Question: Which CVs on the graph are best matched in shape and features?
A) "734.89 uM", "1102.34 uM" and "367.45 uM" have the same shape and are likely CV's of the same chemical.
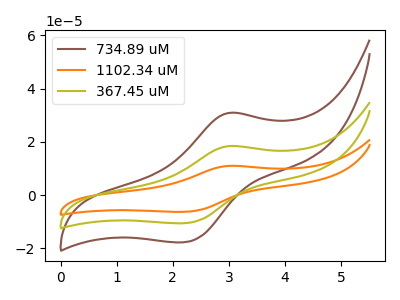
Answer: <think>The brown curve "734.89 uM" has an anodic peak at (3.00V, 30.85uA) and a cathodic peak at (2.20V, -17.75uA). The orange curve "1102.34 uM" has an anodic peak at (3.00V, 36.75uA) and a cathodic peak at (2.20V, -21.20uA). The olive curve "367.45 uM" has an anodic peak at (3.00V, 18.40uA) and a cathodic peak at (2.20V, -10.60uA).
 All the peaks in "734.89 uM" have a peak in "1102.34 uM" at the same potential. Every peak in "734.89 uM" is lower than every peak in "1102.34 uM". All the peaks in "734.89 uM" have a peak in "367.45 uM" at the same potential. Every peak in "734.89 uM" is higher than every peak in "367.45 uM". All the peaks in "1102.34 uM" have a peak in "367.45 uM" at the same potential. Every peak in "1102.34 uM" is higher than every peak in "367.45 uM".</think>
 <answer>A) "734.89 uM", "1102.34 uM" and "367.45 uM" have the same shape and are likely CV's of the same chemical.</answer>
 <eval>A</eval>